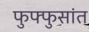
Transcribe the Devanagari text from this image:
फुफ्फुसांत